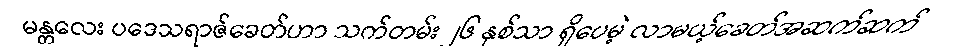
မန္တလေး ပဒေသရာဇ်ခေတ်ဟာ သက်တမ်း ၂၆ နှစ်သာ ရှိပေမဲ့ လာမယ့်ခေတ်အဆက်ဆက်